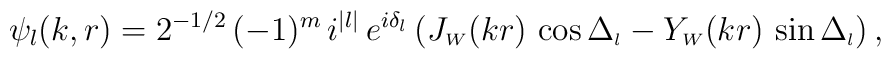
\psi_l(k,r)=2^{-1/2}\,(-1)^m\,i^{|l|}\, e^{i \delta_l}\,(J_{\scriptscriptstyle{W}}(kr)\,\cos \Delta_{\scriptscriptstyle{l}}- Y_{\scriptscriptstyle{W}}(kr) \,\sin \Delta_{\scriptscriptstyle{l}})\,,